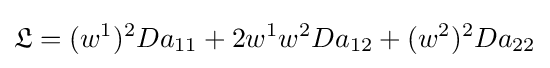
{\mathfrak {L}}=(w^{1})^{2}Da_{11}+2w^{1}w^{2}Da_{12}+(w^{2})^{2}Da_{22}